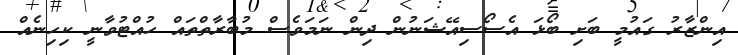
އިންޒާރު ގައުމީ ބަށި ބޯޅަ އެސޯސިއޭޝަނުން ދިން ނަމަވެސް މުބާރާތްތައް ހުއްޓުވާނީ ކިހިނެއް